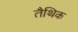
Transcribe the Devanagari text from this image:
तैथिक